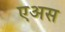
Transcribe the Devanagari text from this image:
एअस